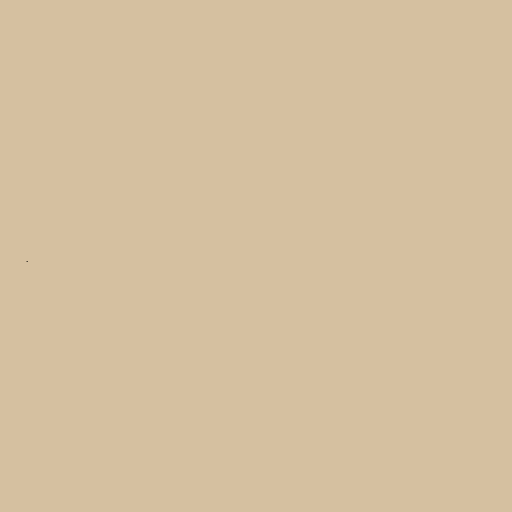
.